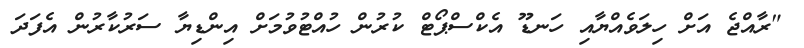
"ރާއްޖެ އަށް ހިލަވެއްޔާއި ހަނޑޫ އެކްސްޕޯޓް ކުރުން ހުއްޓުވުމަށް އިންޑިޔާ ސަރުކާރުން އެފަދަ